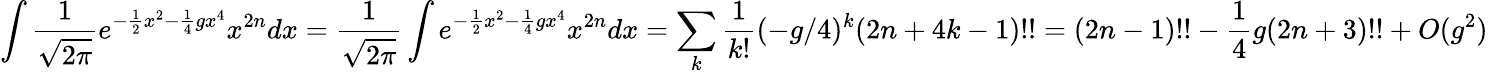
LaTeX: \int{\frac{1}{\sqrt{2\pi}}}e^{-{\frac{1}{2}}x^{2}-{\frac{1}{4}}gx^{4}}x^{2n}dx={\frac{1}{\sqrt{2\pi}}}\int e^{-{\frac{1}{2}}x^{2}-{\frac{1}{4}}gx^{4}}x^{2n}dx=\sum_{k}{\frac{1}{k!}}(-g/4)^{k}(2n+4k-1)!!=(2n-1)!!-{\frac{1}{4}}g(2n+3)!!+O(g^{2})